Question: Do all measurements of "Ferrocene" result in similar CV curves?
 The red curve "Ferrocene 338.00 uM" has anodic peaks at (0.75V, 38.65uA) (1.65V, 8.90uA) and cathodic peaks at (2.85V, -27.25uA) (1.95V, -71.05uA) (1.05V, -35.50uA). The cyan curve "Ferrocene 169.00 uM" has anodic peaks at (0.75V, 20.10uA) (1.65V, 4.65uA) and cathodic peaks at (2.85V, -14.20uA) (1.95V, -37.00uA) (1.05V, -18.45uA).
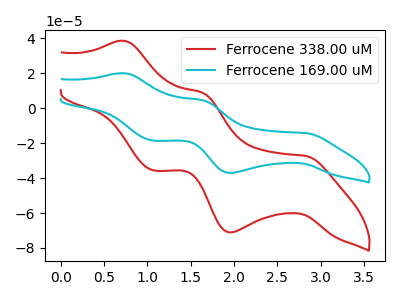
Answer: <think>All the peaks in "Ferrocene 338.00 uM" have a peak in "Ferrocene 169.00 uM" at the same potential. Every peak in "Ferrocene 338.00 uM" is higher than every peak in "Ferrocene 169.00 uM".
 </think>
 <answer>All the CV's of "Ferrocene" have similar shape.</answer>
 <eval>follow_rule</eval>